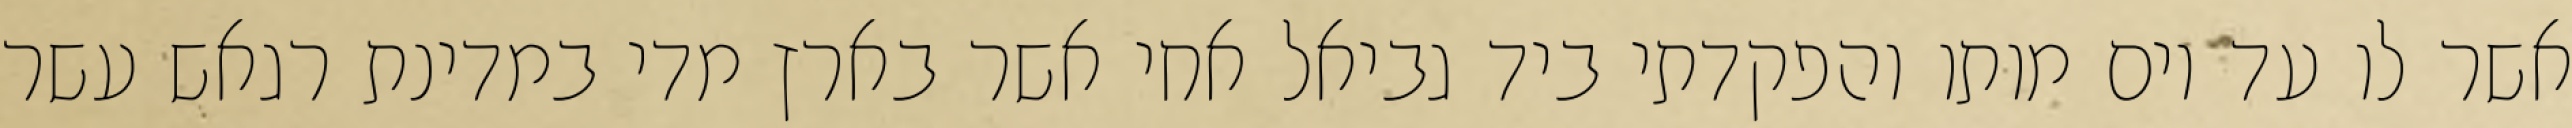
אשר לו עד יום מותו והפקדתי ביד גביאל אחי אשר בארץ מדי במדינת רגאש עשר